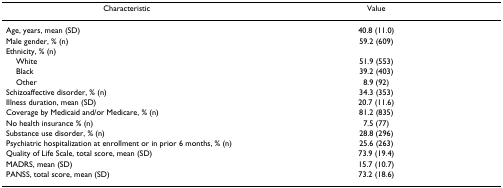
<table><thead><tr><td><b>Characteristic</b></td><td><b>Value</b></td></tr></thead><tbody><tr><td>Age, years, mean (SD)</td><td>40.8 (11.0)</td></tr><tr><td>Male gender, % (n)</td><td>59.2 (609)</td></tr><tr><td>Ethnicity, % (n)</td><td></td></tr><tr><td> White</td><td>51.9 (553)</td></tr><tr><td> Black</td><td>39.2 (403)</td></tr><tr><td> Other</td><td>8.9 (92)</td></tr><tr><td>Schizoaffective disorder, % (n)</td><td>34.3 (353)</td></tr><tr><td>Illness duration, mean (SD)</td><td>20.7 (11.6)</td></tr><tr><td>Coverage by Medicaid and/or Medicare, % (n)</td><td>81.2 (835)</td></tr><tr><td>No health insurance % (n)</td><td>7.5 (77)</td></tr><tr><td>Substance use disorder, % (n)</td><td>28.8 (296)</td></tr><tr><td>Psychiatric hospitalization at enrollment or in prior 6 months, % (n)</td><td>25.6 (263)</td></tr><tr><td>Quality of Life Scale, total score, mean (SD)</td><td>73.9 (19.4)</td></tr><tr><td>MADRS, mean (SD)</td><td>15.7 (10.7)</td></tr><tr><td>PANSS, total score, mean (SD)</td><td>73.2 (18.6)</td></tr></tbody></table>